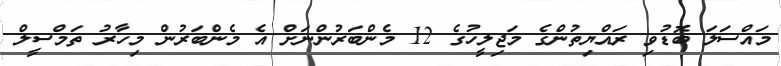
މައްސަލަ ބޮޑުވި ރައްޔިތުންގެ މަޖިލީހުގެ 12 މެންބަރުންނަށް އެ މެންބަރުން މިހާރު ތަމްސީލް